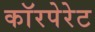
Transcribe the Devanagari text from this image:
काॅरपेरेट